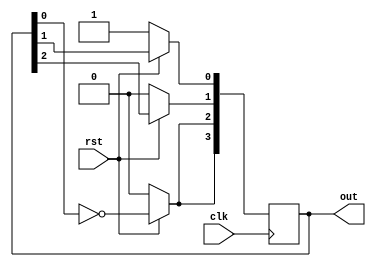
module jcounter(out, rst, clk);
	parameter N = 4;
	input rst, clk;
	output reg[N-1:0] out;
	integer i;
	
	always @ (posedge clk) begin
		if(!rst)
			out <= 1;
		else begin
			out[N-1] = ~out[0];
			for(i = 0; i < N-1; i = i + 1) begin
				out[i] <= out[i+1];
			end
		end
	end
	
endmodule